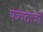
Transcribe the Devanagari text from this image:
पञ्चतत्त्वों